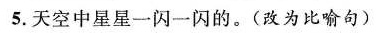
5.天空中星星一闪一闪的。(改为比喻句)